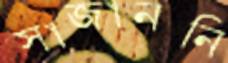
সাজাননি